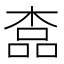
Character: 𣖎